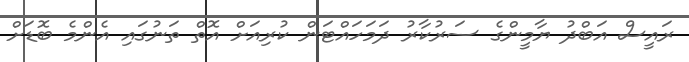
ރައީސް އަބްދު ޔާމީންގެ ސަރުކާރު ދަމަހައްޓަން ކުރިއަށް އޮތް ތަނުގައި އެންމެ ބޮޑަށް